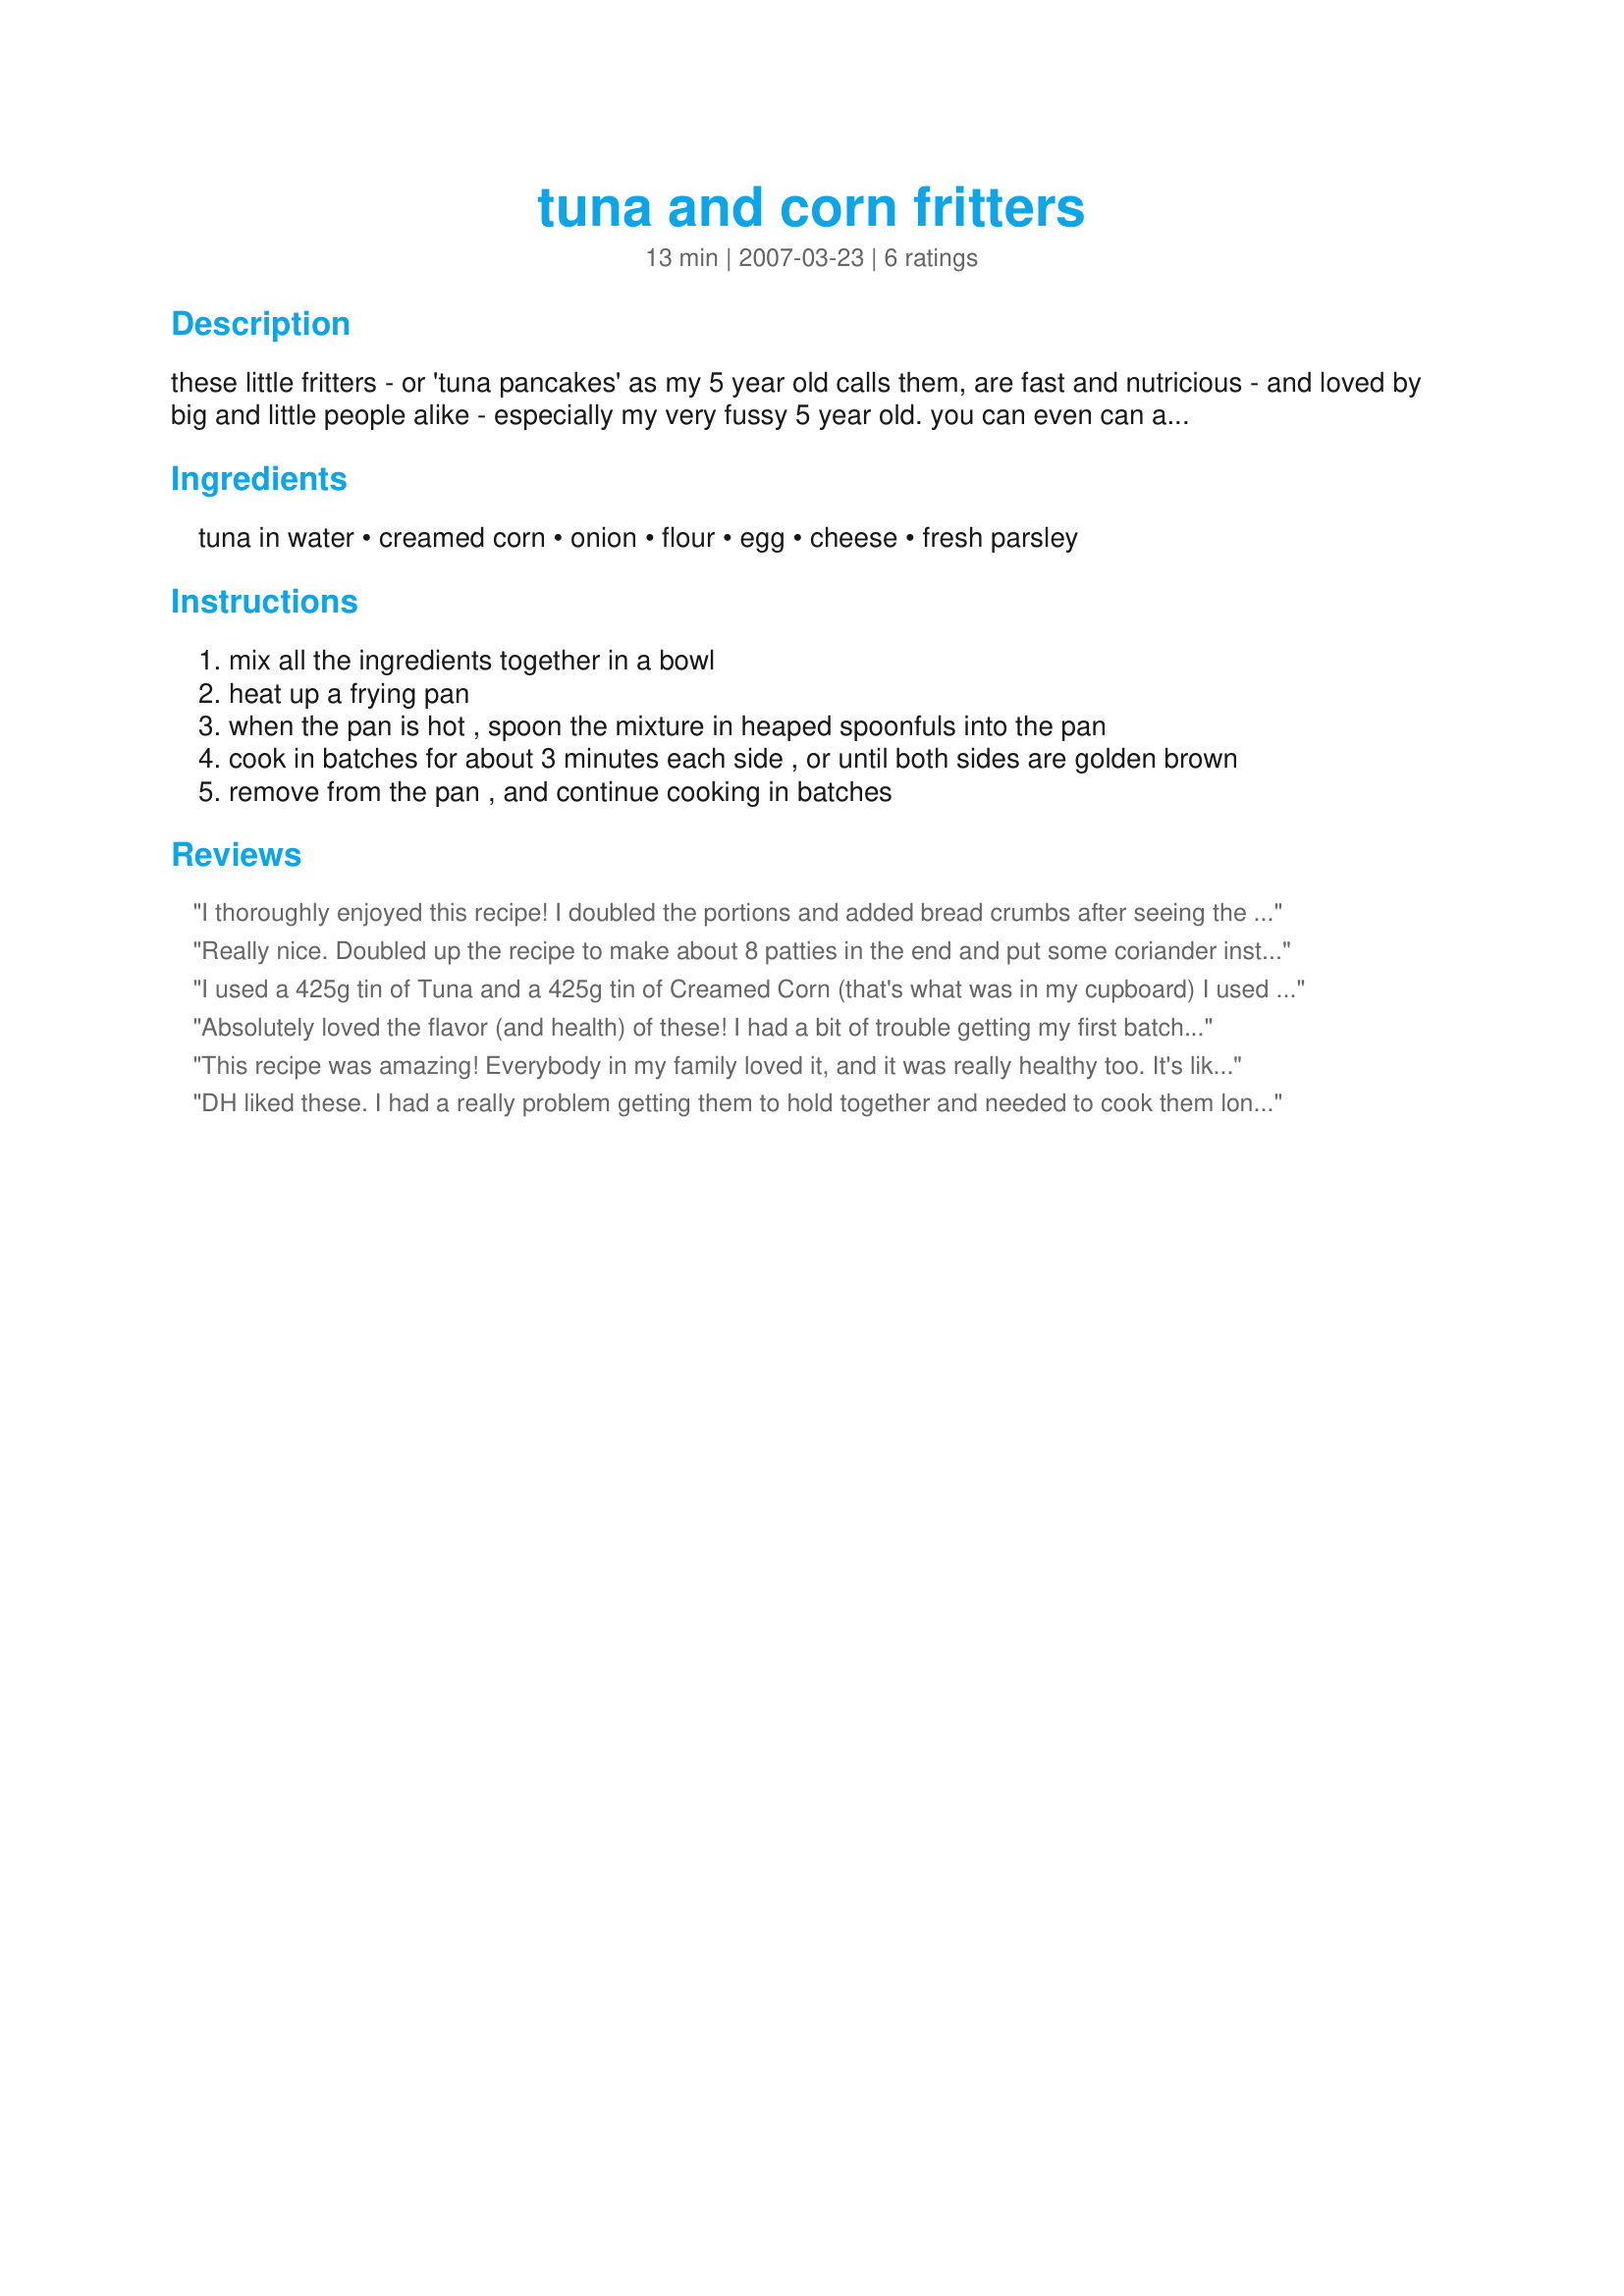
tuna and corn fritters
Preparation time: 13 minutes

these little fritters - or 'tuna pancakes' as my 5 year old calls them, are fast and nutricious - and loved by big and little people alike - especially my very fussy 5 year old. you can even can add sweet chilli sauce and some fresh coriander to give them an asian flavour.

Ingredients:
tuna in water, creamed corn, onion, flour, egg, cheese, fresh parsley

Steps:
mix all the ingredients together in a bowl
heat up a frying pan
when the pan is hot , spoon the mixture in heaped spoonfuls into the pan
cook in batches for about 3 minutes each side , or until both sides are golden brown
remove from the pan , and continue cooking in batches

Reviews:
I thoroughly enjoyed this recipe! I doubled the portions and added bread crumbs after seeing the comments and witnessing for myself that they came apart easily!
Really nice. Doubled up the recipe to make about 8 patties in the end and put some coriander instead of parsley. I agree that you want to keep them on one side for a bit longer to let them keep consistency, also a good "flipper" to turn them quick is a good idea :-)
I used a 425g tin of Tuna and a 425g tin of Creamed Corn (that's what was in my cupboard) I used 4 eggs 4 tablespoons of flour, 4 tablespoons of cheese and 1 onion and they turned out absolutely beautifully, the whole family practically breathed them in!! Healthy and Delicious
Absolutely loved the flavor (and health) of these! I had a bit of trouble getting my first batch to stay in patty form...got more of a mush. For the second batch, I cooked them a bit longer (more like 5min per side) and they held together a bit better. Next time I might add a bit more flour though. Try this! It&#039;s awesome! Note: for a doubled recipe 1can tuna and 2/3 can corn
This recipe was amazing! Everybody in my family loved it, and it was really healthy too. It's like the low carb, low fat version of really good tuna helper (the normal staple of my family's meals). Except to be honest and fair, it's way better than Tuna Helper.
DH liked these. I had a really problem getting them to hold together and needed to cook them longer. They were very simple to mix up, great for a quick meal. Thanks for posting the recipe.
